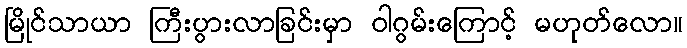
မြိုင်သာယာ ကြီးပွားလာခြင်းမှာ ဝါဂွမ်းကြောင့် မဟုတ်လော။